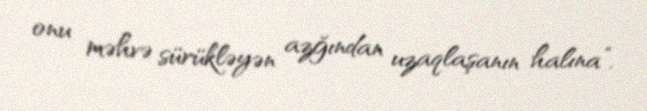
onu məhvə sürükləyən azğından uzaqlaşanın halına”.